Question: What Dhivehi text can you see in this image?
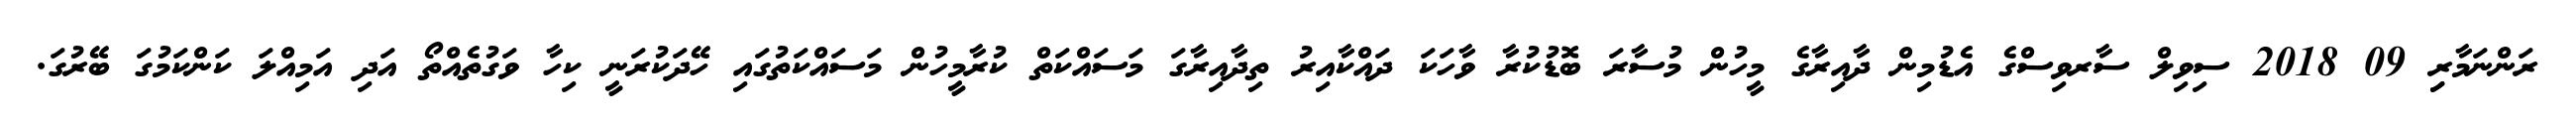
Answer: ރަންނަމާރިި 09 2018 ސިވިލް ސާރވިސްގެ އެޑުމިން ދާއިރާގެ މީހުން މުސާރަ ބޮޑުކުރާ ވާހަކަ ދައްކާއިރު ތިދާއިރާގަ މަސައްކަތް ކުރާމީހުން މަސައްކަތުގައި ހޭދަކުރަނީ ކިހާ ވަގުތެއްތޯ އަދި އަމިއްލަ ކަންކަމުގަ ބޭރުގަ.